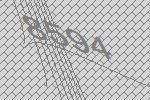
8594